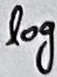
Text: log